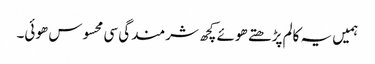
ہمیں یہ کالم پڑھتے ھوئے کچھ شرمندگی سی محسوس ھوئی۔